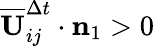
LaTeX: \overline{{\mathbf{U}}}_{ij}^{\Delta t}\cdot\mathbf{n}_{1}>0